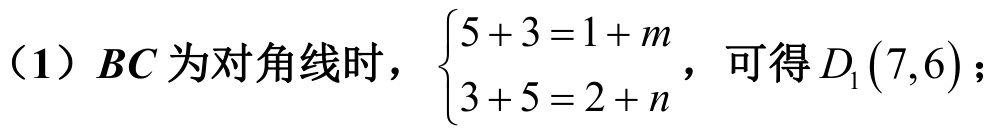
（1）\(BC\) 为对角线时，\(\begin{cases}5 + 3 = 1 + m \\ 3 + 5 = 2 + n\end{cases}\)，可得 \(D_1(7,6)\)；